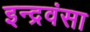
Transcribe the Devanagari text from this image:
इन्द्रवंसा